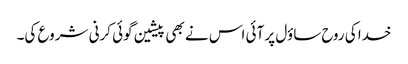
خدا کی روح ساؤل پر آئی اس نے بھی پیشین گوئی کرنی شروع کی۔